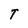
Character: T